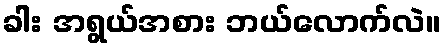
ခါး အရွယ်အစား ဘယ်လောက်လဲ။